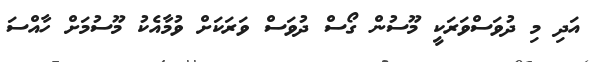
އަދި މި ދުވަސްވަރަކީ މޫސުން ގޯސް ދުވަސް ވަރަކަށް ވުމާއެކު މޫސުމަށް ހާއްސަ